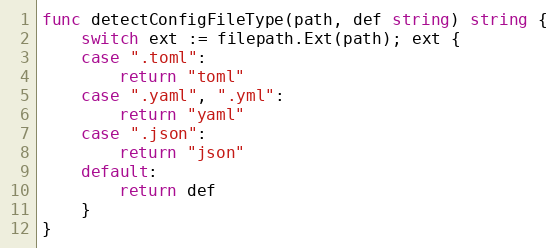
Language: Go
func detectConfigFileType(path, def string) string {
	switch ext := filepath.Ext(path); ext {
	case ".toml":
		return "toml"
	case ".yaml", ".yml":
		return "yaml"
	case ".json":
		return "json"
	default:
		return def
	}
}